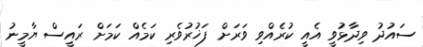
ސައުދު ވިދާޅުވީ އެއީ ކުރެއްވި ވަރަށް ފަޚުރުވެރި ކަމެއް ކަމަށް ރައީސް ޔާމީނު